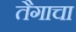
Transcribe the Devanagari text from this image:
तैगाचा